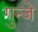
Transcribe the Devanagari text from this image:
गुन्जे